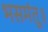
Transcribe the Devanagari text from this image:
भसमंतू॥